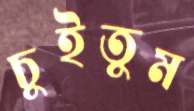
চুইতুম